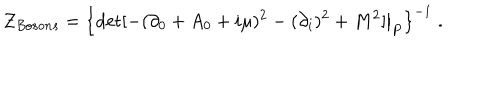
{ \cal Z } _ { B o s o n s } = \left\{ \left. \det [ - ( \partial _ { 0 } + A _ { 0 } + i \mu ) ^ { 2 } - ( \partial _ { i } ) ^ { 2 } + M ^ { 2 } ] \right| _ { P } \right\} ^ { - 1 } \; .